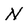
Character: N